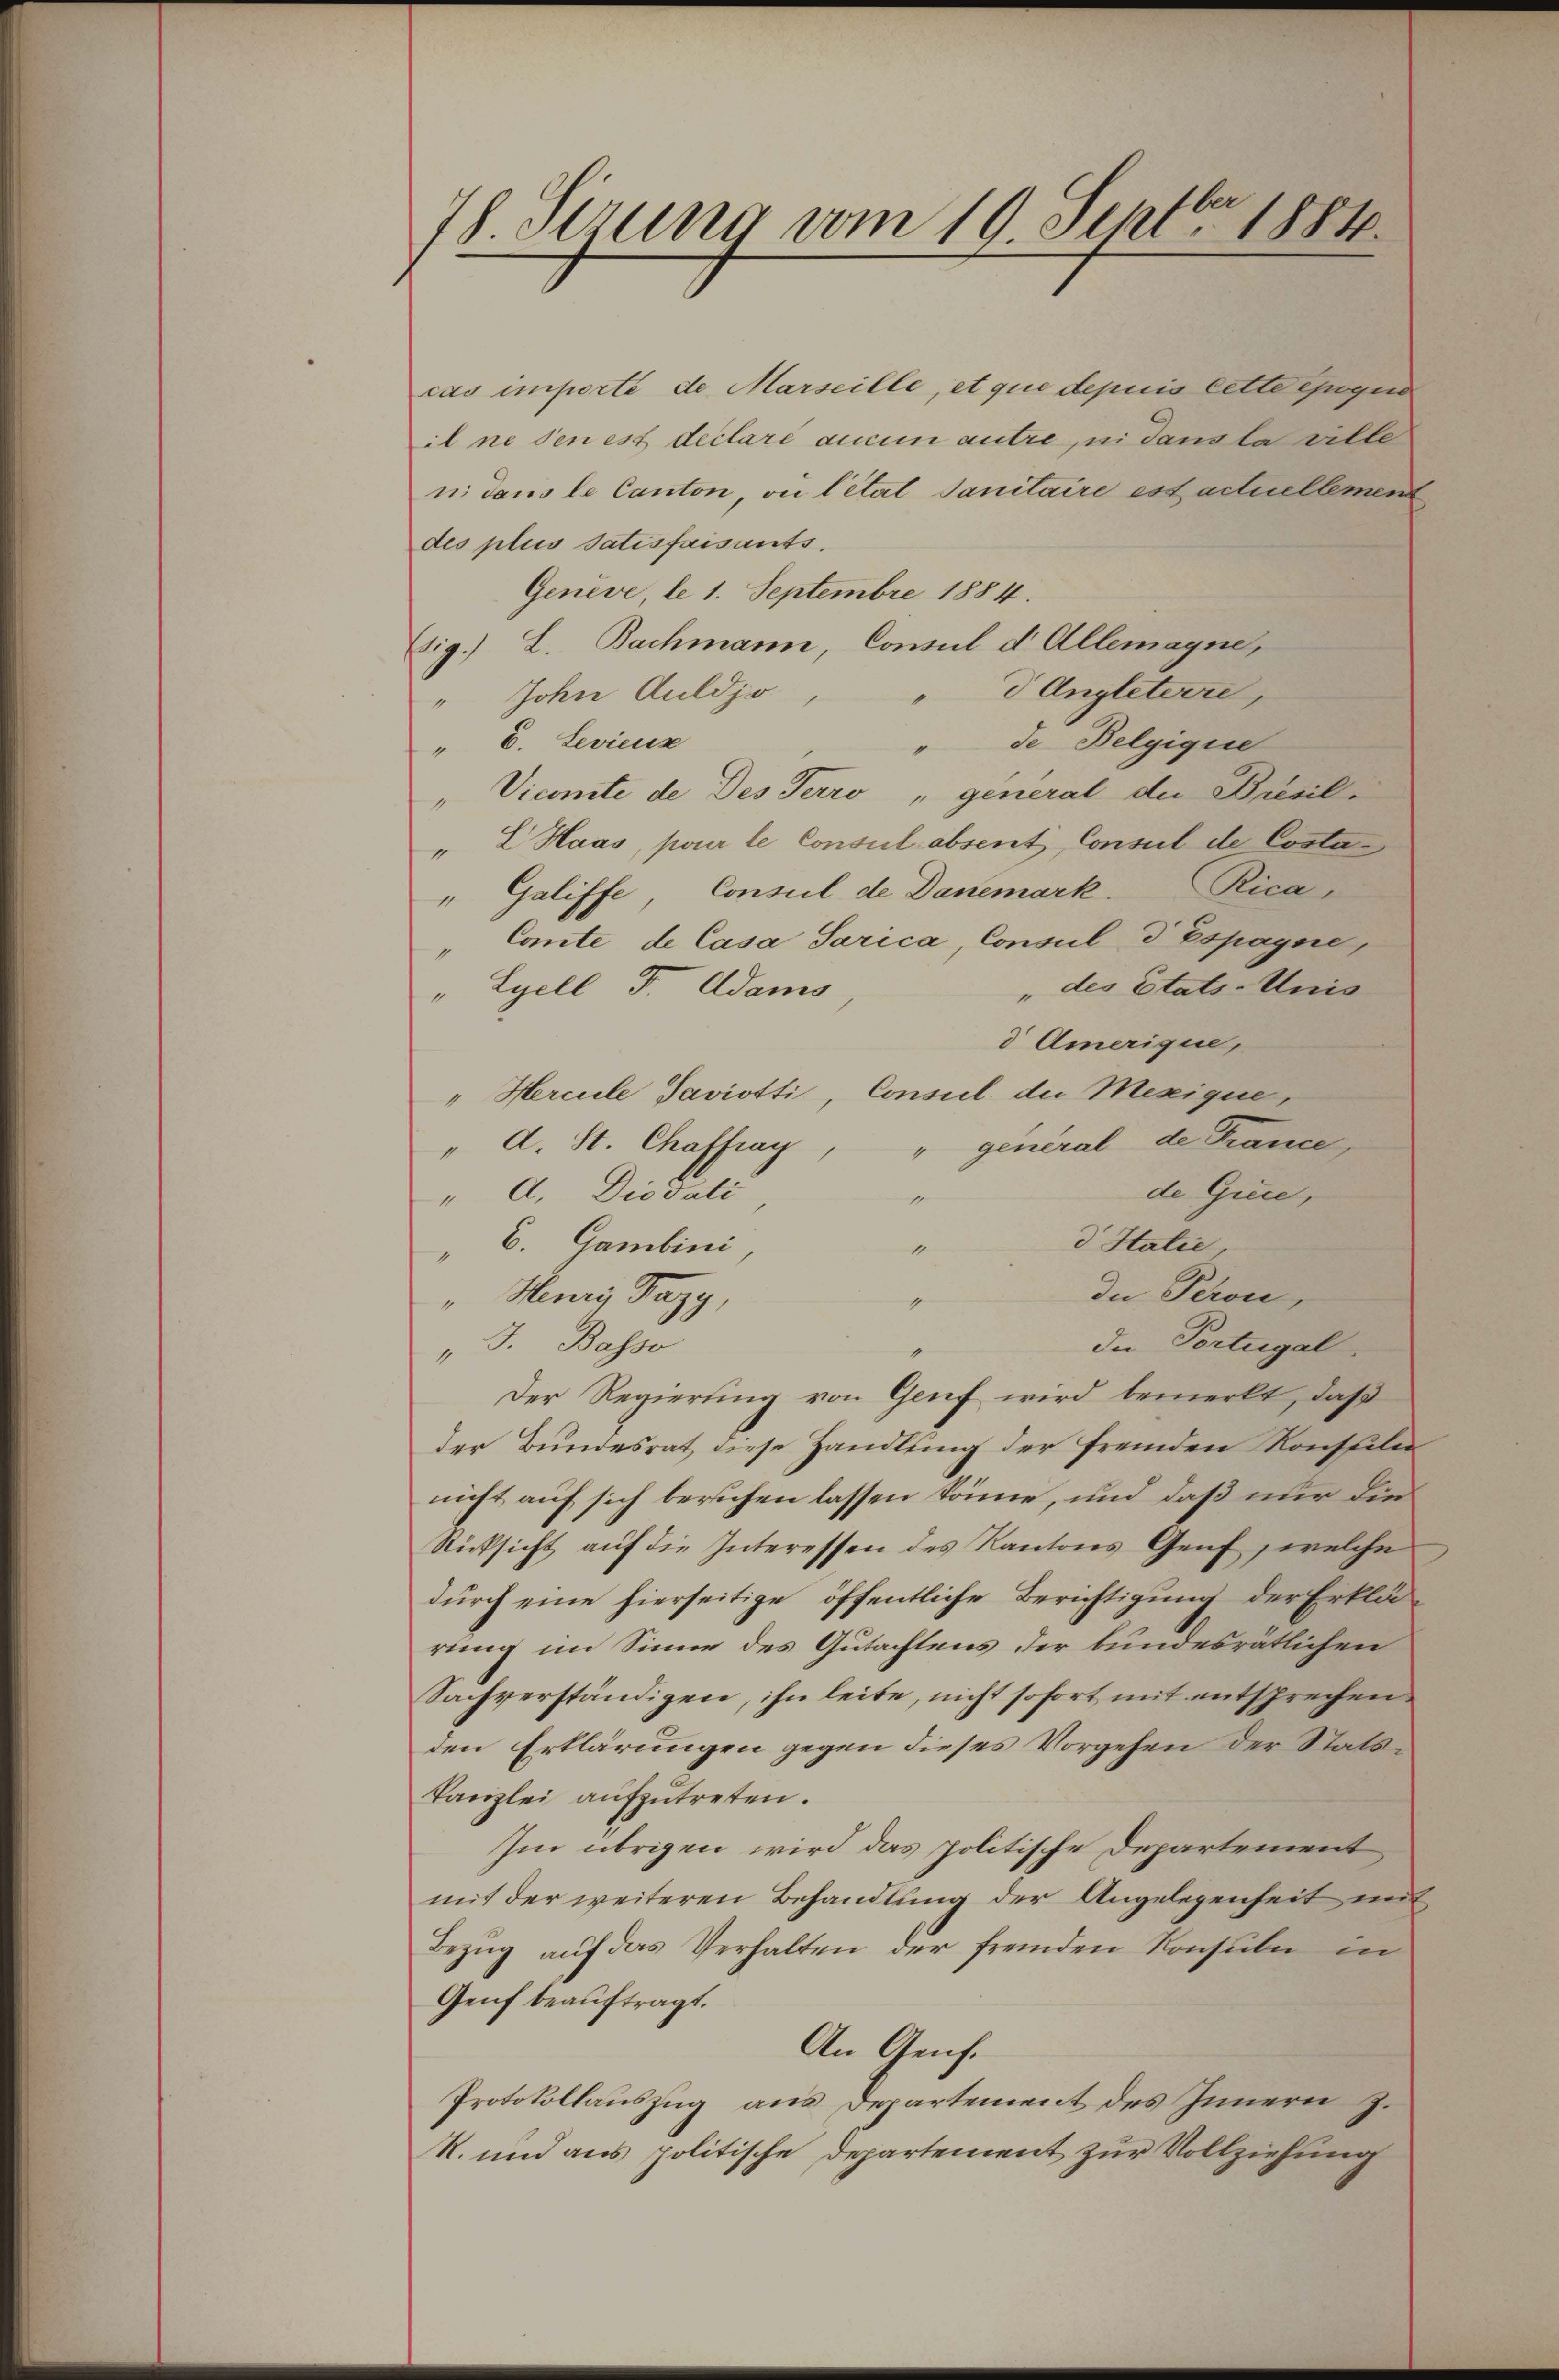
78 Sirung vom 19. Septbr. 1884.

cas importe de Marseille, et que depuis lette egua
il ne den est declaré aucun autre, ni dans la ville
nidans le Canton, ou l’état Sanitaire est actuellemen
des plus Satisfaisants.
Genève, le 1. Septembre 1884.
(sig.) L. Bachmann, Consul d Allemayne,
d Angleterre,
" John Guldjo,
" E. Levicus
" de Belgigie
"Vicomite de des Terro „general die Présil-
" L Haas, pour le Consul absent Consul de Costa¬
"Galiffe, Conseil de Danemark. Rica
"Comte de Casa Sarica, Consul d Espayne,
" des Etats-Unis
" Lyell I. Adams
d Amerique,
"Hercuele Javiotti, Consul der Mesique,
" A. St. Chaffray, " general de France
de Quie,
" A. Diovati
e
d Italie,
" E. Gambini
1
die Peron,
" Henry Pazy,
g
de Portugal.
" J. Basse
Der Regierung von Genf wird bemerkt, daß
der Bundesrat diese Handlung der fremden Konsuler
nicht auf sich beruhen lassen könne, und daß nur die
Rücksicht aŭf die Interessen des Kantons Genf, welche
durch eine hierseitige öffentliche Berichtigung der Erklärung im Sinne des Gutachtens der bundesrätlichen
Sachverständigen, ihn leite, nicht sofort mit entsprechen
den Erklärungen gegen dieses Vorgehen der Stats¬
Kanzlei aufzutreten.
Im übrigen wird das politische Departement
mit der weiteren Behandlung der Angelegenheit mit
Bezŭg aŭf das Verhalten der fremden Konsuln in
Genf beauftragt.
An Genf.
Protokollauszug aus Departement des Innern J.
R. und aus politische Departement zur Vollziehung